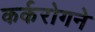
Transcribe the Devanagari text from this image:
कर्करोगने